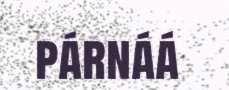
párnáá